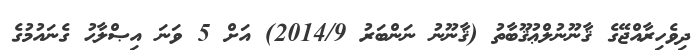
ދިވެހިރާއްޖޭގެ ޤާނޫނުލްޢުޤޫބާތު (ޤާނޫނު ނަންބަރު 2014/9) އަށް 5 ވަނަ އިޞްލާޙު ގެނައުމުގެ